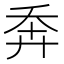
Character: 𢍃